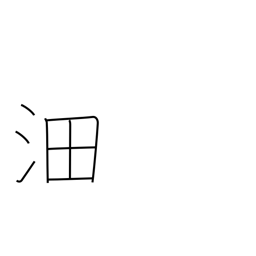
Meaning: vast surging waters